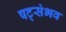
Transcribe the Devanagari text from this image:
षट्संभव